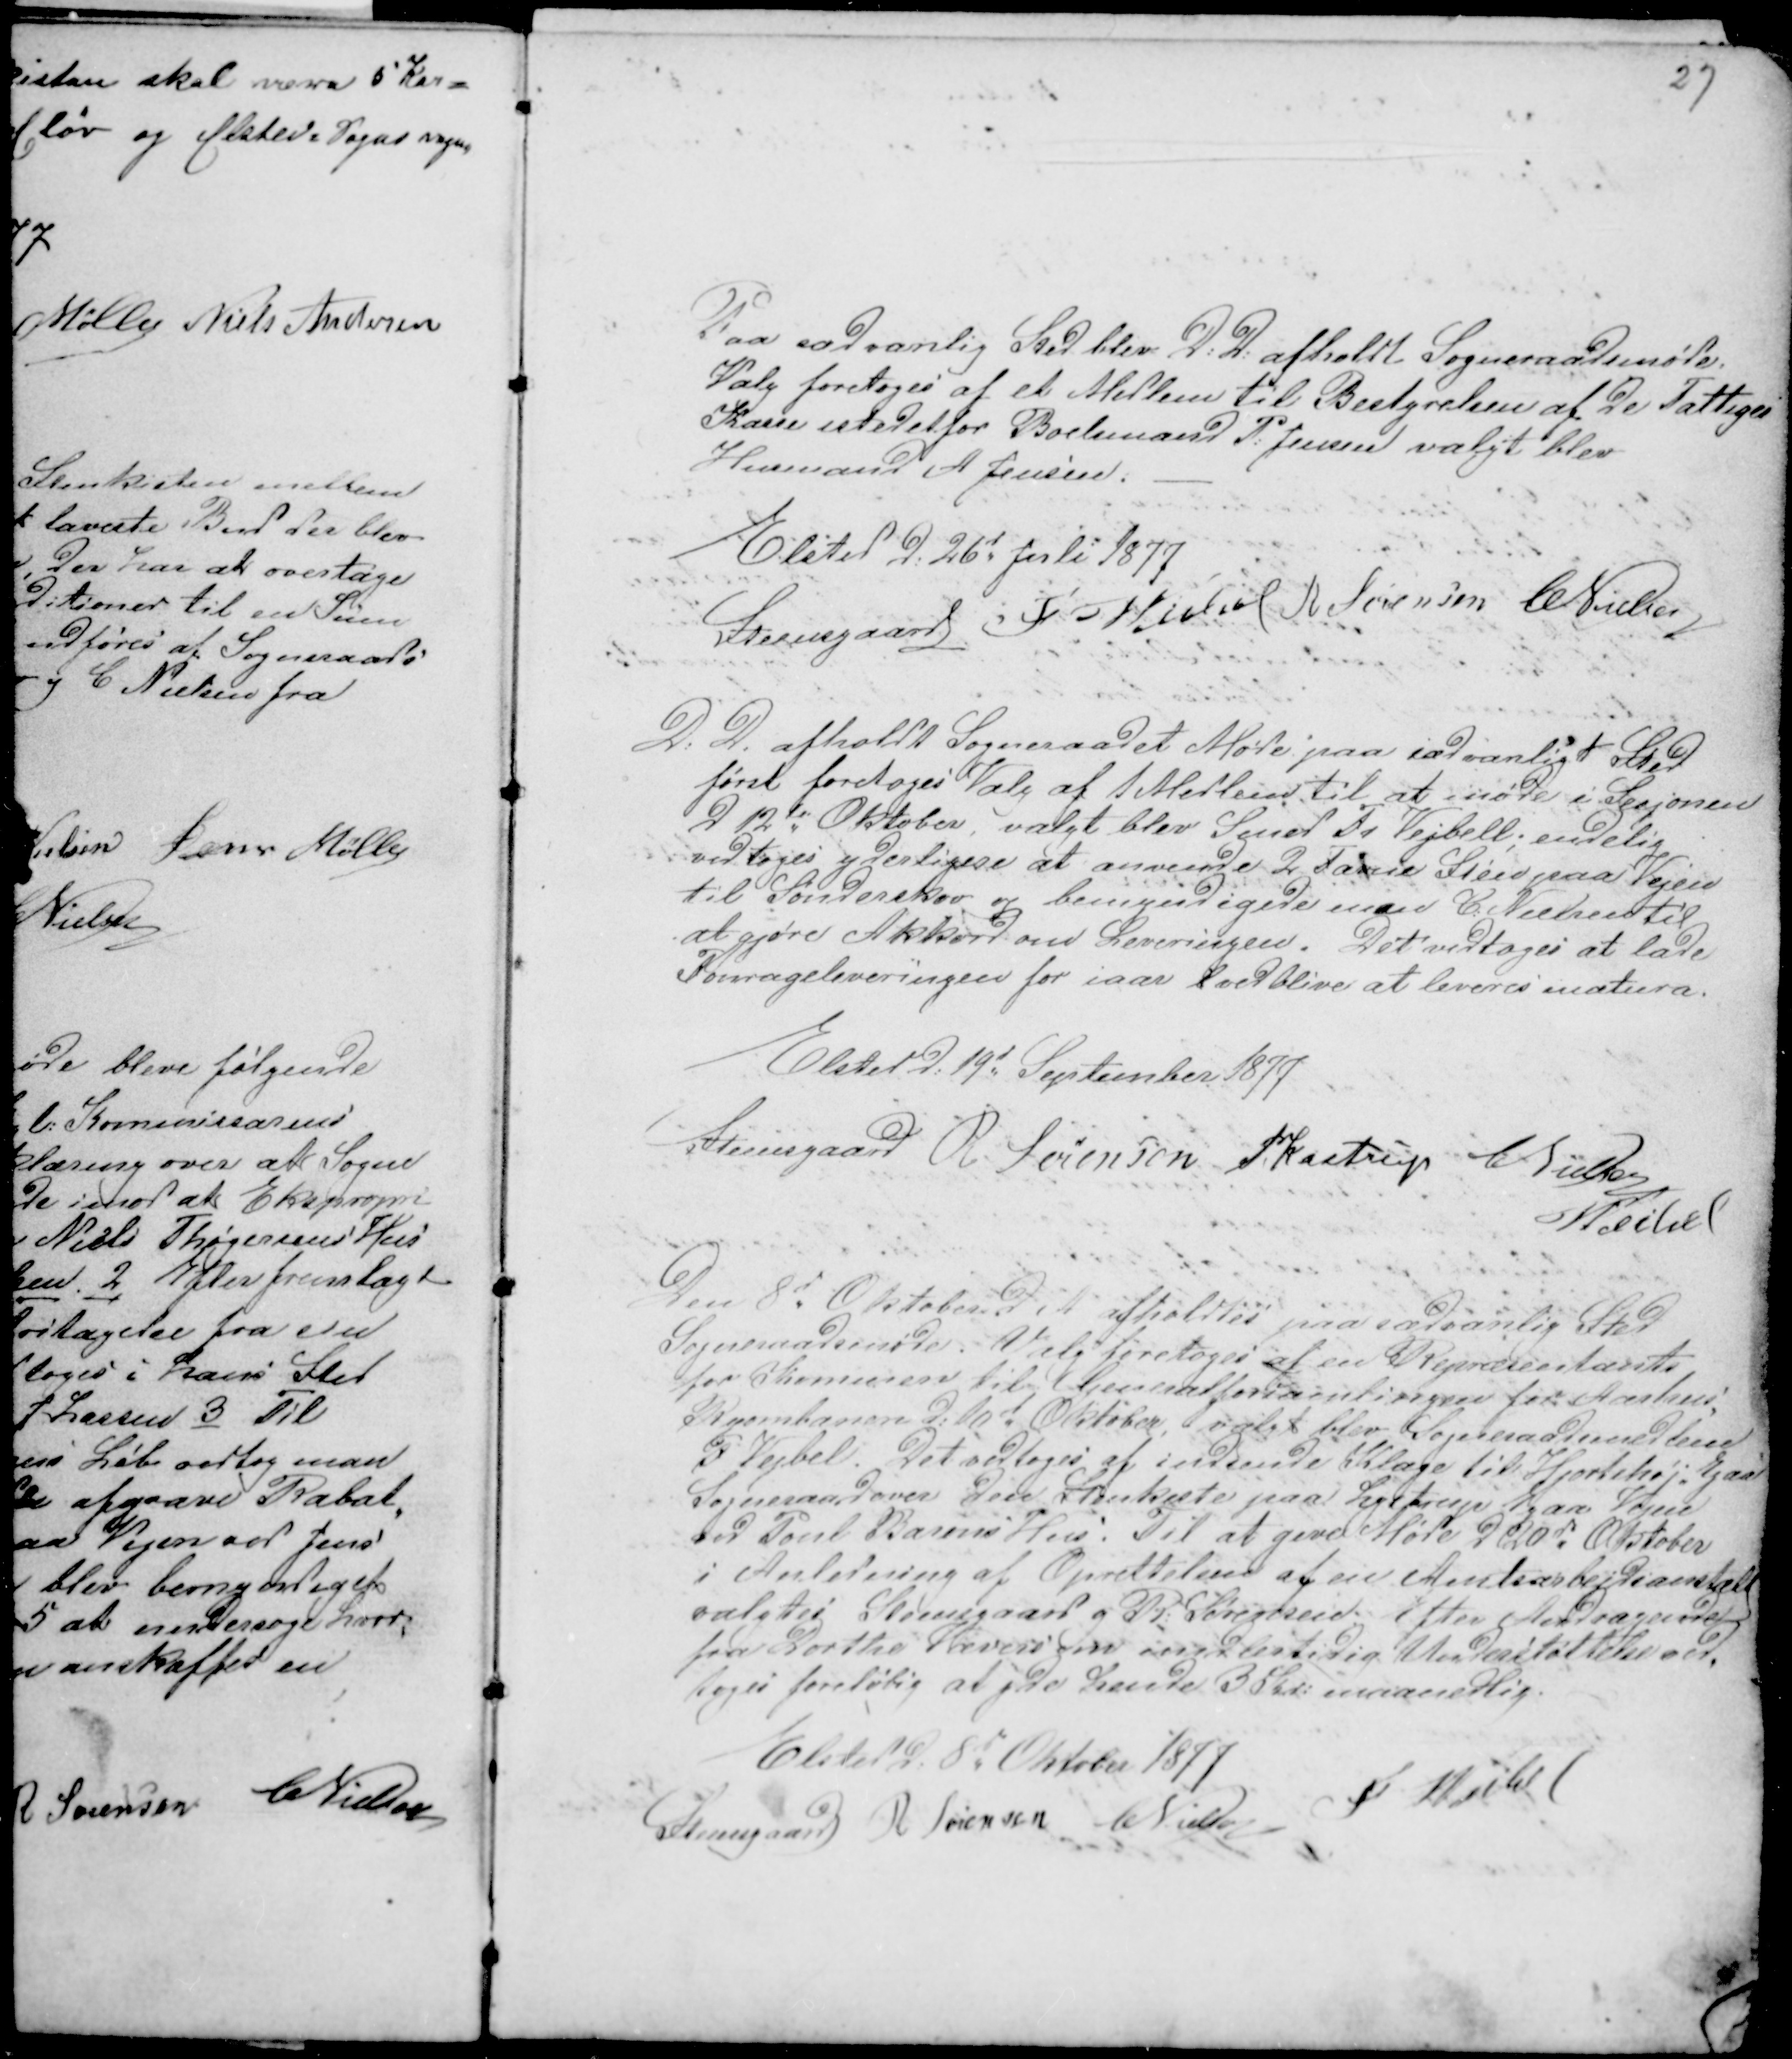
Transskription:
27

Paa sædvanlig Sted blev D: D: afholdt Sogneraadsmøde.
Valg foretoges af et Medlem til Bestyrelsen af De Fattiges
Kasse istedetfor Boelsmand P: Jensen valgt blev
Husmand A Jensen. -
Elsted d: 26d Juli 1877
Steensgaard F Veibel R Sørensen CNielsen

D: D. afholdt Sogneraadet Møde paa sædvanligt Sted
først foretoges Valg af 1 Medlem til at møde i Sesjonen
d 12te Oktober, valgt blev Smed Fr Vejbell; endelig
vedtoges yderligere at anvende 2 Favne Sten paa Vejen
til Sønderskov og bemyndigede man C: Nielsen til
at gjøre Akkord om Leveringen. Det vedtoges at lade
Fourageleveringen for iaar l vedblive at leveres natura.
Elsted d: 19d September 1877
Steensgaard R. Sørensen PKastrup
CNielsen
Veibel

Den 8d Oktober d A afholdtes paa sædvanlig Sted
Sogneraadsmøde. Valg foretoges af en Repræsentant
for Komunen til Generalforsamlingen for Aarhus -
Ryombanen d: 10d Oktober, valgt blev Sogneraadsmedlem
F Veibel. Det vedtoges af indsende Klage til Hjortshøj - Egaa
Sogneraad over den Stenkiste paa Lystrup Egaa Vejen
ved Poul Barons Hus. Til at give Møde D 20d Oktober
i Anledning af Oprettelsen af en Amtsarbejdsanstalt
valgtes Steensgaard g R: Sørensen. Efter Andragende
fra Dorthe Vævers om midlertidig Understøttelse ved-
toges foreøbig at yde hende 3 Kr: maanedlig.
Elsted d. 8d Oktober 1877
Steensgaard R Sørensen CNielsen
F Veibel